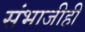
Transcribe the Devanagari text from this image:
संभाजीही